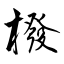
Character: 橃